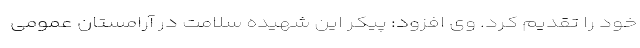
خود را تقدیم کرد. وی افزود: پیکر این شهیده سلامت در آرامستان عمومی